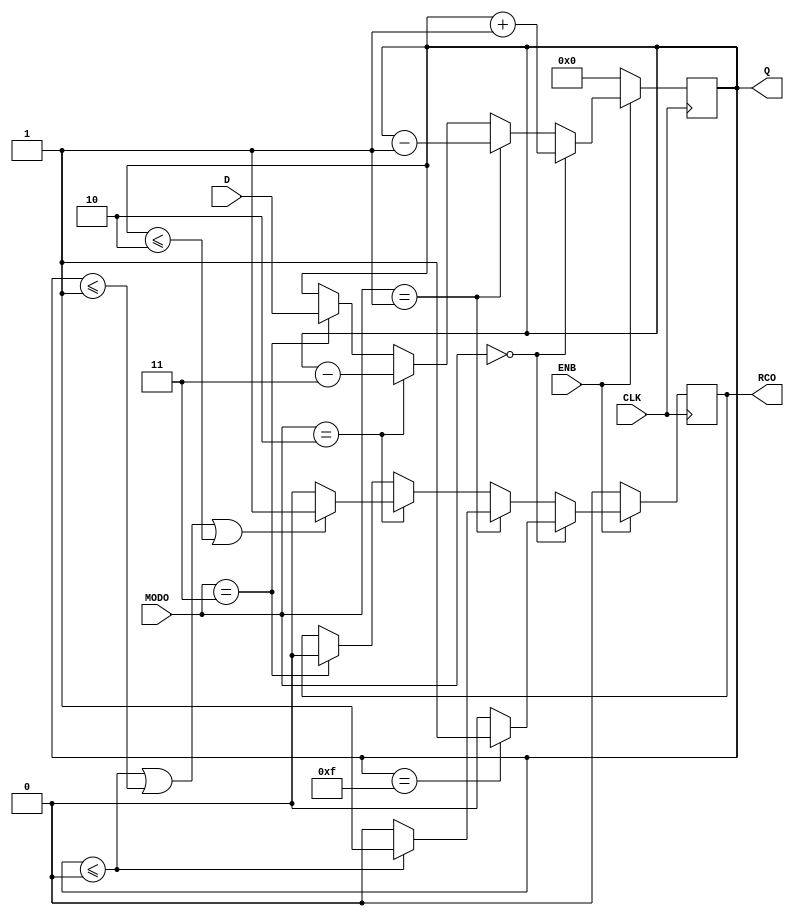
/* ++++++++++++++++++++++++++++++++++++++++++++++
Tarea 1 - Mdulo del contador sincrnico de 4 bits.

Descripcin conductual de un contador sincrnico 
de 4 bits.

Autor: Alejandro Zuniga Perez
Carne: B59097 
   ++++++++++++++++++++++++++++++++++++++++++++++ */
`ifndef COUNTER_4_BITS
`define COUNTER_4_BITS
module counter_4_bits (
    Q,
    RCO,
    D,
    ENB,
    CLK,
    MODO
);
/* Se definen las entradas y salidas del mdulo,
las cuales estarn definidas grficamente en el informe final.
Sin embargo, se definen D, los relojes, el modo, la seal ENB, y
las salidas Q y RCO.*/
    input [3:0] D;
    input [1:0] MODO;
    input ENB;
    input CLK;
    output [3:0] Q;
    reg [3:0] Q_temp;
    reg [3:0] D_temp;
    output reg RCO;
/* Se marca una condicin de que cada vez que el reloj cambie de estado
en el flanco positivo o bien, que la seal enable se ejecute o marque un
valor de true, lo que indicar que se estar ejecutando una accin en el 
contador.*/
    always@(posedge CLK)
/* La logica del contador consiste en definir dos estados, representados
por los valores que puede tomar la seal ENB, los cuales son 0 y 1. De 
esta manera, se tiene que si ENB = 0 entonces no accin (los valores de Q
se mantienen en 0 pues no existe ningun estimulo para la salida). De otra
forma, si ENB = 1, se determinar a travs de las posibles combinaciones de
MODO los diferentes modos de conteo del sistema. */
        begin
            if(ENB==0) begin
                // Q_temp <= Q_temp;
                Q_temp  <= 4'b0000;
                RCO <= 0;
            end
            else if(ENB==1) begin
            if(MODO==2'b00)begin
                Q_temp <= Q_temp + 1;
                RCO<=0;
                if(Q_temp == 4'b1111) begin
                    RCO<=1;
                end
                
            end
            else if(MODO==2'b01) begin
                Q_temp <= Q_temp - 1;
                RCO<=0;
                if(Q_temp <= 4'b0000)begin
                    RCO <= 1;
                end
            end
            else if(MODO == 2'b10) begin
                RCO <= 0;
                Q_temp <= Q_temp - 3;
                if(Q_temp <= 4'b0000 || Q_temp <= 4'b0001 || Q_temp <= 4'b0010)begin
                    RCO <= 1;
                end
            end
            else if (MODO == 2'b11) begin
                Q_temp <= D;
                RCO <= 0;
            end
            end
        end
// Se asigna la seal Q_temp a la seal Q para efectos de que la simulacin
// no tenga problemas al momento de graficar una seal que no sea un reg.

    assign Q = Q_temp;

    
endmodule

/* El contador de 16 bits tendr un comportamiento 
que permitir comprobar la eficacia del contador 
de 4 bits, pues consiste en un sistema de 4 contadores
de 4 bits asociados segn sus entradas y salidas. */
module counter_16_bits(Q, w1, w2, w3, w4, D, CLK, ENB, MODO);
    input [15:0] D;
    input CLK;
    input [1:0] MODO;
    input ENB;
    output [15:0] Q;
    output w1,w2, w3,w4; //RCO por cada counter de 4 bits.
    reg [15:0] Q_n;
    reg RCO_temp;
    reg ENB_temp;
    // output RCO;
    reg a1, a2, a3, a4;
    wire n1, n2, n3, n4;
    reg [1:0] modo_tmp;
    wire modo_11;
    wire clk1, clk2, clk3, clk4;
    initial begin 
       a1 = 0; 
       a2 = 0; 
       a3 = 0;
       RCO_temp = 0;
    end

    /* Si bien la lgica del contador de 16 bits
    debe ser bsica y meramente logstica, pues el 
    contador de 4 bits ya debe por s mismo representar
    los comportamientos a gran escala, es necesario tomar
    en cuenta la funcionalidad de los relojes del mdulo
    en cuestin. Sumado a este detalle, existe la necesidad 
    de ampliar la ejecucin de cada contador. Es decir, estos
    contadores no entrarn en accin sincrnicamente, sino que
    su ejecucin depender de los llevos respectivos. Estos 
    llevos son los que marcarn la seal de reloj para que sus 
    acciones sean asincrnicas y estables, para poder cumplir
    con un conteo eficiente.  */
    always @(posedge CLK) begin
        /*En este punto se tiene que si el Modo est en carga
        paralela, los enable de los contadores deben estar activados,
        esto para que carguen el valor deseado.*/
        if (MODO == 2'b11) begin
            {a1, a2, a3, a4}= 0;
        end

        /* Por otro lado, si  alguno de los llevo de los contadores son 0, 
        es posible determinar la entrada en accin de alguno de los contadores
        por efecto de que se guarda un estado anterior, por lo tanto
        significa que al menos uno de los contadores est siendo ejecutado por el 
        cambio de valor desde un RCO en 1 a un RCO en 0.*/
        if (w1 == 0 || w2 == 0 || w3 == 0) begin
            a1 = 1;
            a2 = 1;
            a3 = 1;
            a4 = 1;
        end
        /* Para no generar un comportamiento inesperado en el if anterior, es necesario
        definir otros if adicionales que bsicamente harn que cada contador 
        entre en accin de forma pausada y ordenada, siguiendo el orden de conteo,
        desde esta perspectiva, si el llevo del primer contador es 1, seguir su ejecucin
        y por lo tanto volver a contar naturalmente mientras se habilita el siguiente 
        contador. Lo mismo aplica para los contadores restantes. */
        if (w1 == 1) begin
            RCO_temp <= 1;
            a1 = 1;
            
        end
        if (w2 == 1) begin
            RCO_temp <= 1;
            a2 = 1;
            
        end
        if (w3 == 1) begin
            RCO_temp <= 1;
            a3 = 1;
        end
        if (w4 == 1) begin
            RCO_temp <= 1;
            a4 = 1;
        end
    end 
    // assign RCO = RCO_temp;

    assign modo_11 = (MODO == 2'b11);
    assign clk1 = CLK && modo_11 || w1 && !modo_11;
    assign clk2 = CLK && modo_11 || w2 && !modo_11;
    assign clk3 = CLK && modo_11 || w3 && !modo_11;
    
    /* En este punto se asocian los cuatro contadores de 4 bits considerando especialmente
    la funcionalidad de la seal de reloj. Para efectos de mayor comprensin, favor referir-
    se al reporte escrito, donde se proyectan esquemticos con el fin de ilustrar al lector
    de forma ms amplia. */
    counter_4_bits counter_LSB(.Q(Q[3:0]), .RCO(w1), .D(D[3:0]), .ENB(a1), .CLK(CLK), .MODO(MODO));
    counter_4_bits counter_FSB(.Q(Q[7:4]), .RCO(w2), .D(D[7:4]), .ENB(a2), .CLK(clk1), .MODO(MODO));
    counter_4_bits counter_SSB(.Q(Q[11:8]), .RCO(w3), .D(D[11:8]), .ENB(a3), .CLK(clk2), .MODO(MODO));
    counter_4_bits counter_MSB(.Q(Q[15:12]), .RCO(w4), .D(D[15:12]), .ENB(a4), .CLK(clk3), .MODO(MODO));
    
endmodule

`endif